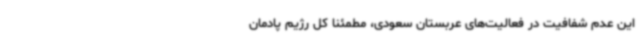
این عدم شفافیت در فعالیت‌های عربستان سعودی، مطمئنا کل رژیم پادمان